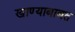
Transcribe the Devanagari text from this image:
खाण्याबाबत